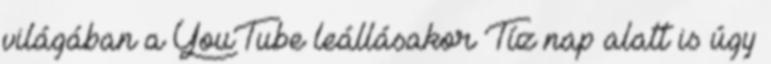
világában a YouTube leállásakor Tíz nap alatt is úgy